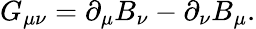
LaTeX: G_{\mu\nu}=\partial_{\mu}B_{\nu}-\partial_{\nu}B_{\mu}.